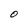
Character: O